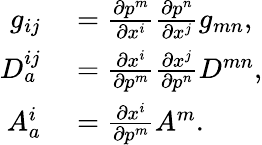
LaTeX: \begin{array}{rl}{g_{ij}}&{{}=\frac{\partial p^{m}}{\partial x^{i}}\frac{\partial p^{n}}{\partial x^{j}}g_{mn},}\\ {D_{a}^{ij}}&{{}=\frac{\partial x^{i}}{\partial p^{m}}\frac{\partial x^{j}}{\partial p^{n}}D^{mn},}\\ {A_{a}^{i}}&{{}=\frac{\partial x^{i}}{\partial p^{m}}A^{m}.}\end{array}